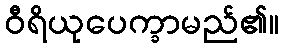
ဝီရိယုပေက္ခာမည်၏။